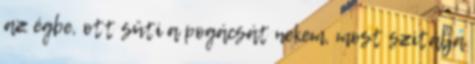
az égbe, ott süti a pogácsát nekem, most szitálja